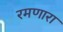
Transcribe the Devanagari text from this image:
रमणारा